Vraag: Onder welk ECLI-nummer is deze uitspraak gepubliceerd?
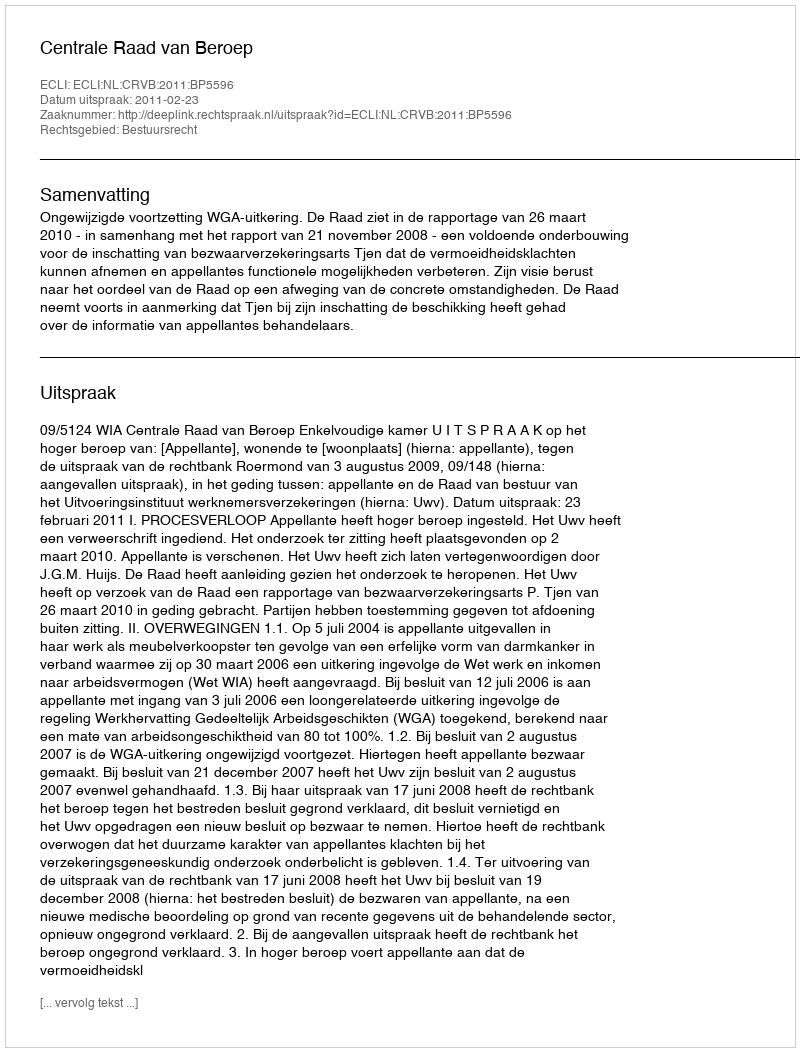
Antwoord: ECLI:NL:CRVB:2011:BP5596